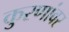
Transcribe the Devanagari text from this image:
कुरणांवर